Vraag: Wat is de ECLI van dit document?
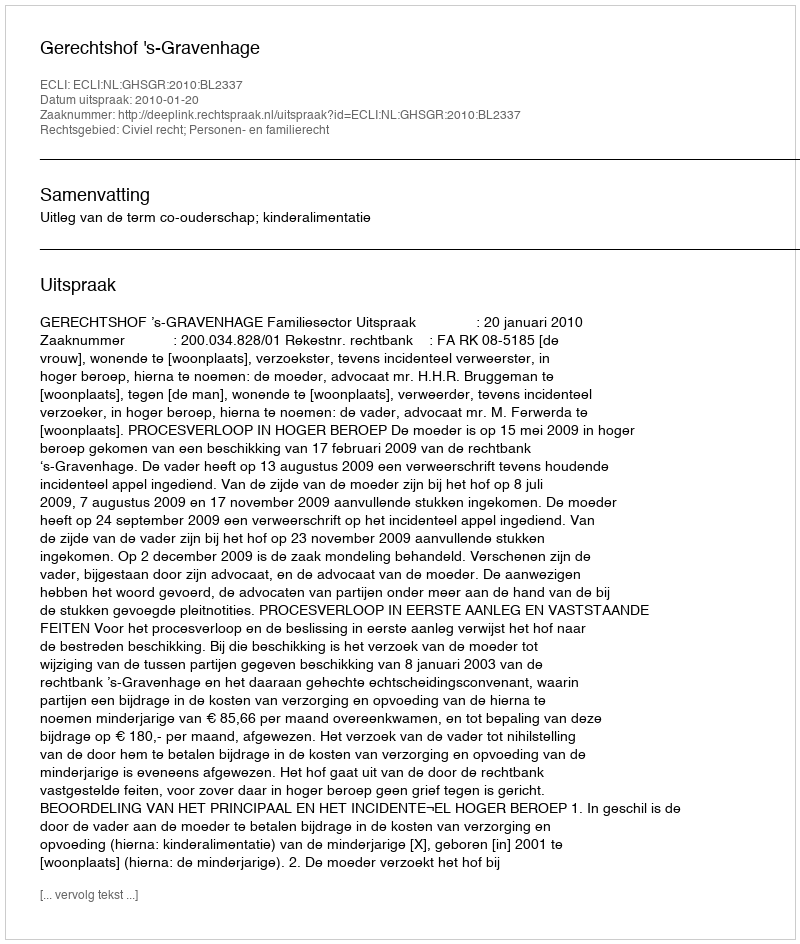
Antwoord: ECLI:NL:GHSGR:2010:BL2337